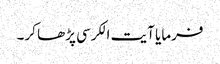
فرمایا آیت الکرسی پڑھا کر۔